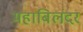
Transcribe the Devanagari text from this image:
महाबिलंदर